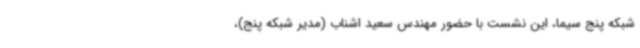
شبکه پنج سیما، این نشست با حضور مهندس سعید اشناب (مدیر شبکه پنج)،